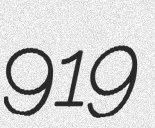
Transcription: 919